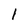
Character: 1